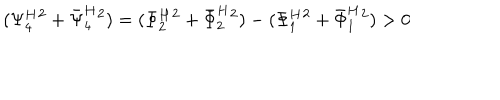
( { \Psi _ { 4 } ^ { H } } { } ^ { 2 } + { \bar { \Psi } _ { 4 } ^ { H } } { } ^ { 2 } ) = ( { \Phi _ { 2 } ^ { H } } { } ^ { 2 } + { \bar { \Phi } _ { 2 } ^ { H } } { } ^ { 2 } ) - ( { \Phi _ { 1 } ^ { H } } { } ^ { 2 } + { \bar { \Phi } _ { 1 } ^ { H } } { } ^ { 2 } ) > 0